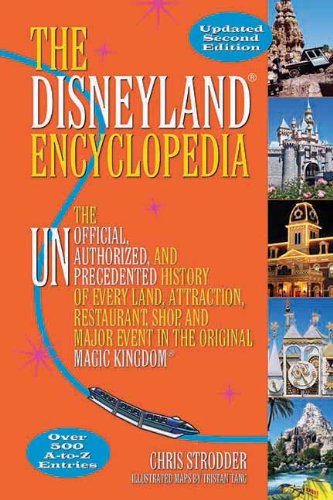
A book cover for The Disneyland Encyclopedia: The Unofficial, Unauthorized, and Unprecedented History of Every Land, Attraction, Restaurant, Shop, and Major Event in the Original Magic Kingdom; Chris Strodder; Reference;